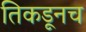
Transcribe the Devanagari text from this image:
तिकडूनच